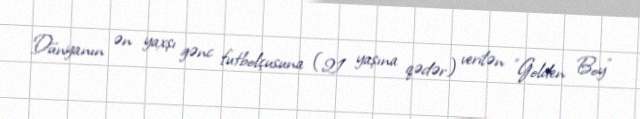
Dünyanın ən yaxşı gənc futbolçusuna (21 yaşına qədər) verilən "Golden Boy"